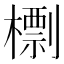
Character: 檦